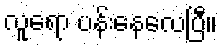
လူရော ပန်းနေလေပြီ။